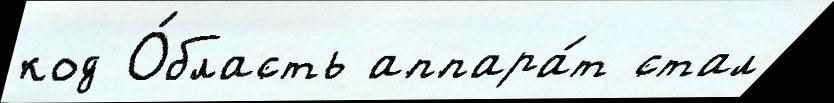
код О́бласть аппара́т стал